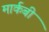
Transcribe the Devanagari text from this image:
मार्कबी